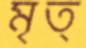
মৃত্